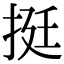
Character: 挺